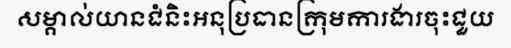
សម្គាល់យានជំនិះអនុប្រធានក្រុមការងារចុះជួយ